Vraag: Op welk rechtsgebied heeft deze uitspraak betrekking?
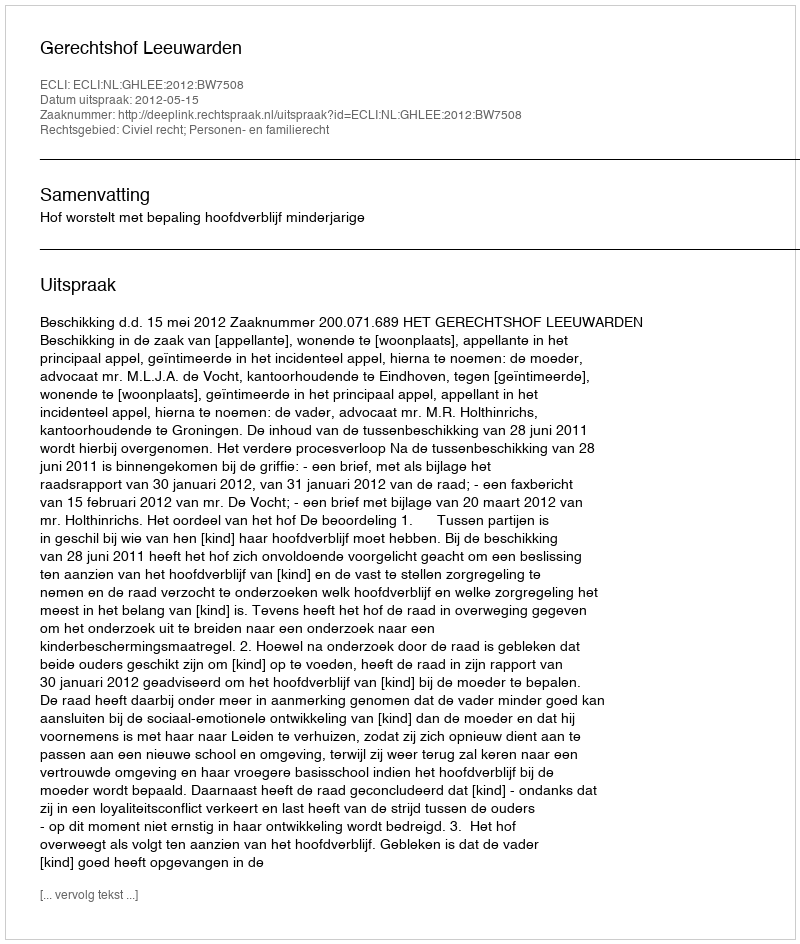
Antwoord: Civiel recht; Personen- en familierecht